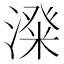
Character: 𣻬